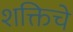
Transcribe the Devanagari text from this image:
शक्तिचे